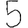
Digit: 5